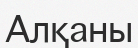
Алқаны